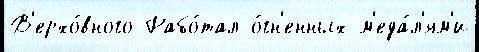
В'ерхо́вного Рабо́тал о́гн'енных м'еда́л'ям'и